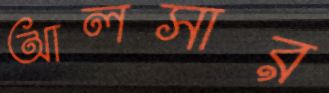
আলসার